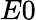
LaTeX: E0